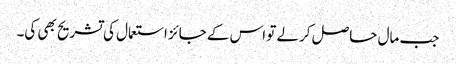
جب مال حاصل کرلے تو اس کے جائز استعمال کی تشریح بھی کی۔